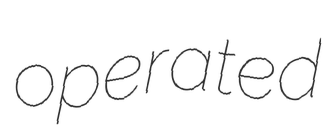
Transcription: operated